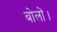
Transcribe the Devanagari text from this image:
बोलों।